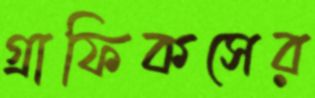
গ্রাফিকসের